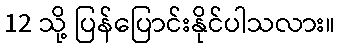
12 သို့ ပြန်ပြောင်းနိုင်ပါသလား။